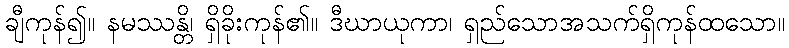
ချီကုန်၍။ နမဿန္တိ၊ ရှိခိုးကုန်၏။ ဒီဃာယုကာ၊ ရှည်သောအသက်ရှိကုန်ထသော။